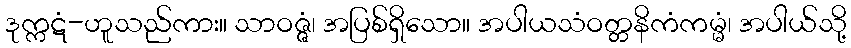
ဒုက္ကဋံ-ဟူသည်ကား။ သာဝဇ္ဇံ၊ အပြစ်ရှိသော။ အပါယသံဝတ္တနိကံကမ္မံ၊ အပါယ်သို့